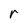
Character: r